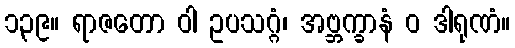
၁၃၉။ ရာဇတော ဝါ ဥပသဂ္ဂံ၊ အဗ္ဘက္ခာနံ ဝ ဒါရုဏံ။